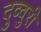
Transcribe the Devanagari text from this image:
दुव्वुरी